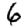
Digit: 6